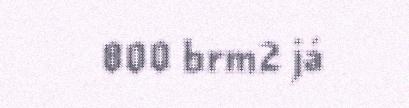
800 brm2 já